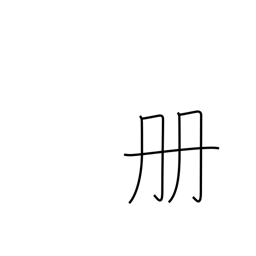
Meaning: counter for books